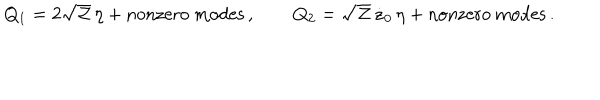
LaTeX: Q _ { 1 } = 2 \sqrt { \cal Z } \, \eta + \mathrm { n o n z e r o ~ m o d e s } \, , \qquad Q _ { 2 } = \sqrt { \cal Z } \, \dot { z } _ { 0 } \, \eta + \mathrm { n o n z e r o ~ m o d e s } \, .